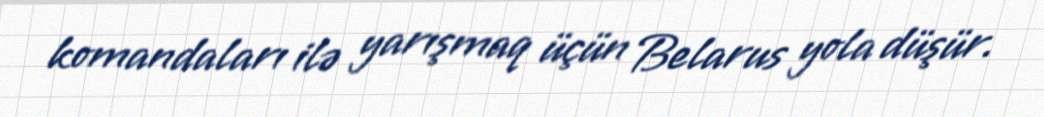
komandaları ilə yarışmaq üçün Belarus yola düşür.